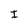
Character: I